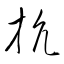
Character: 抗